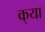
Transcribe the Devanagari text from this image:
क्‌या